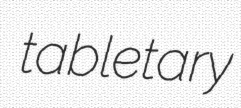
tabletary